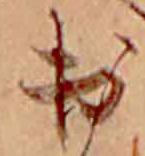
出